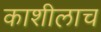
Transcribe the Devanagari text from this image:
काशीलाच